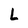
Character: L